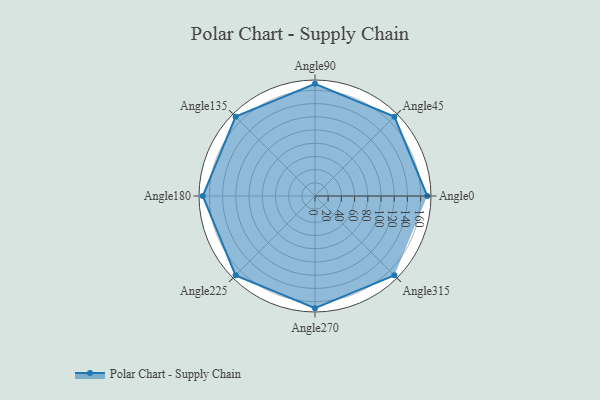
{"axis": {"x": "Angle", "y": "Radius"}, "legend": [""], "data": [{"x": "Angle0", "y": 170, "type": ""}, {"x": "Angle45", "y": 170, "type": ""}, {"x": "Angle90", "y": 170, "type": ""}, {"x": "Angle135", "y": 170, "type": ""}, {"x": "Angle180", "y": 170, "type": ""}, {"x": "Angle225", "y": 170, "type": ""}, {"x": "Angle270", "y": 170, "type": ""}, {"x": "Angle315", "y": 170, "type": ""}]}